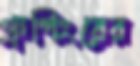
গ্রুপিংয়ের